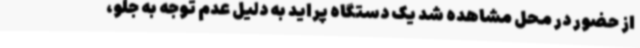
از حضور در محل مشاهده شد یک دستگاه پراید به دلیل عدم توجه به جلو،